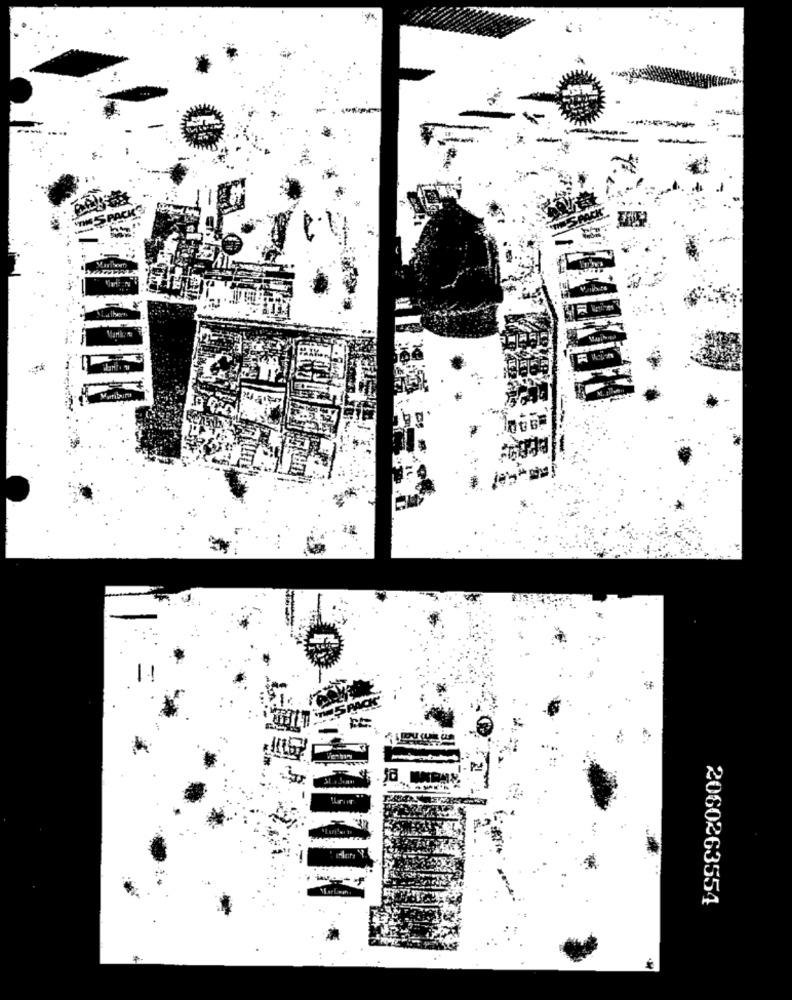
2060263554